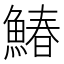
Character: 鰆